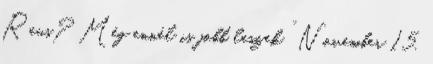
Reus? Még ennél is jobb leszek ” November 15.